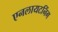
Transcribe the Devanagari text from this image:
एनलायटनिंग